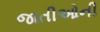
જાતીઓની